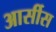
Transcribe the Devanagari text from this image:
आर्सीस